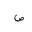
Letter: _sad